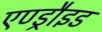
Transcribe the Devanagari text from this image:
एण्ड्रौइड